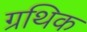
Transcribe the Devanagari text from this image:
ग्रथिक